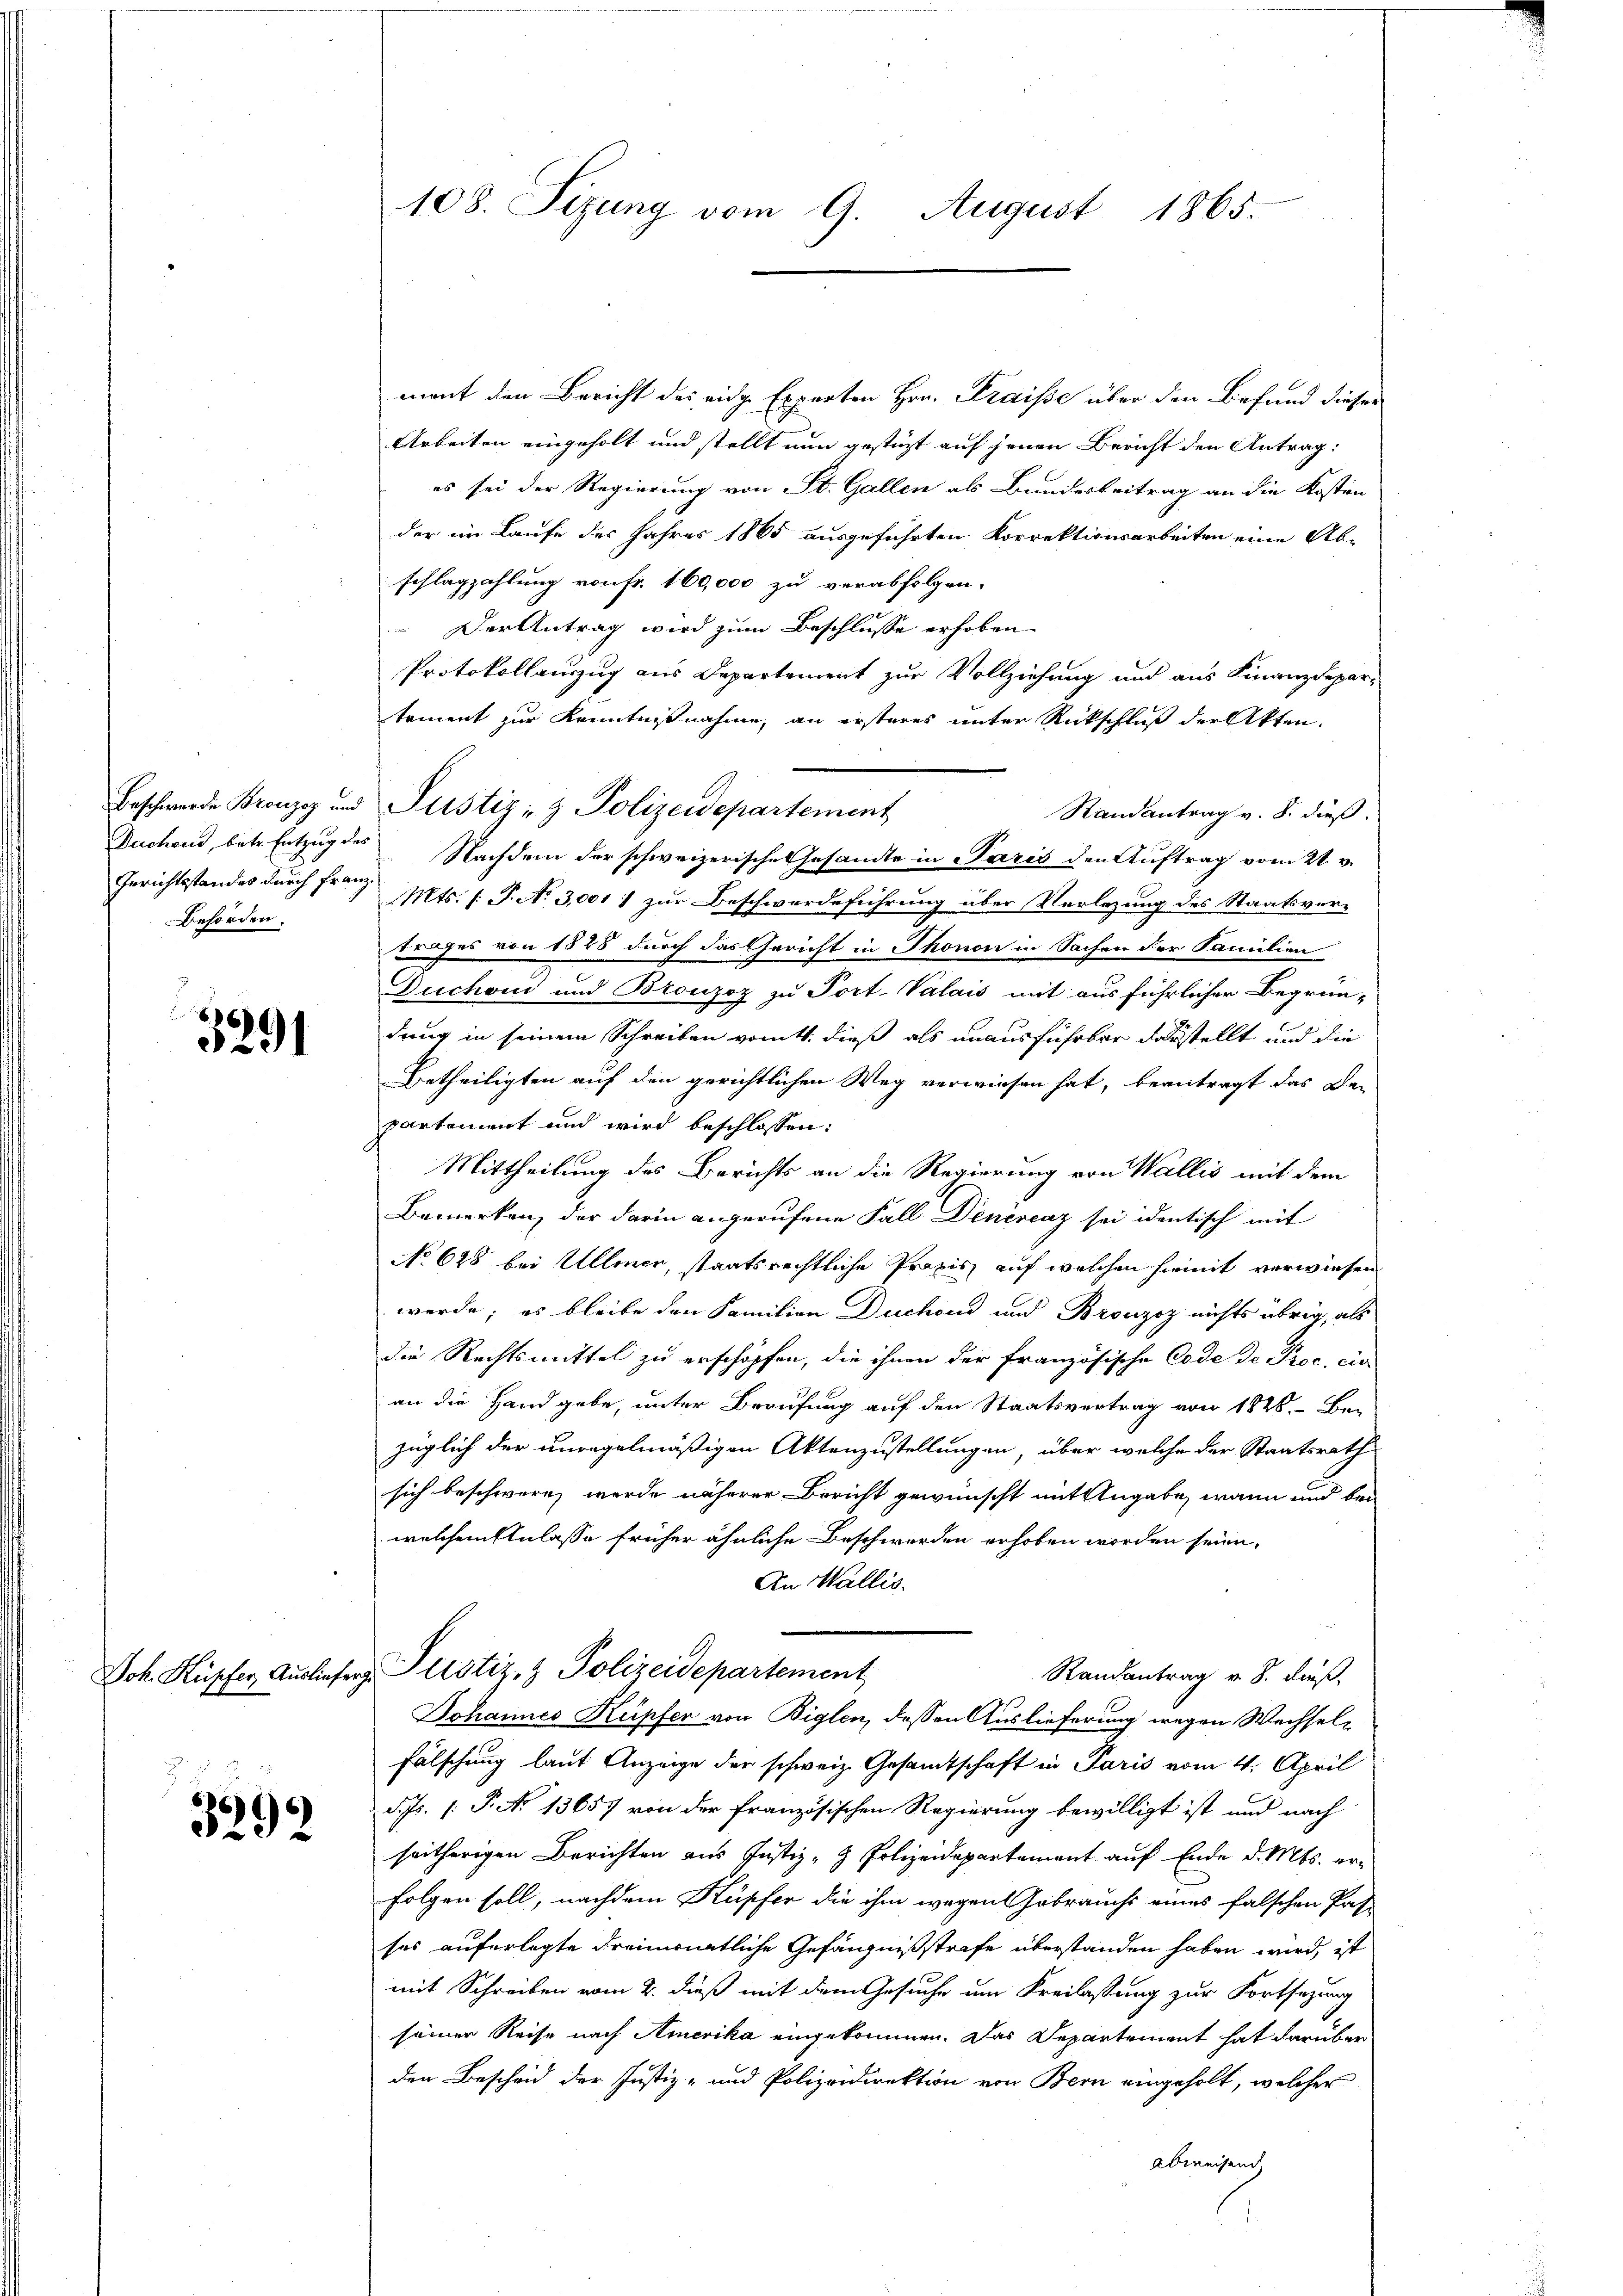
Gerichtsstandes durch Franz
Behörden.

3291

3292

ment den Bericht des eidge Experten Hrn. Fraisse über den Befund dieses
Arbeiten eingeholt und stellt nun gestüzt auf jenen Bericht den Antrag:
es sei der Regierung von St. Gallen als Bundesbeitrag an die Kosten
der im Laufe des Jahres 1865 ausgeführten Korrektionsarbeiten eine Ab-
schlagzahlung von Fr. 160,000 zu verabfolgen.
 Der Antrag wird zum Beschlusse erhoben
Protokollauszug aus Departement zur Vollziehung und aus Finanzdepar-
tement zur Kenntnißnahme, an ersteres unter Rückschluß der Akten.
Randantrag v. 8. dieß.
Duchoud, betr. Entzug des Nachdem der schweizerische Gesandte in Paris den Auftrag vom 21. v.
Mts. (T. No 3,001) zur Beschwerdeführung über Vorlegung des Staatsvertrages von 1828 durch das Gericht in Thonon in Sachen der Familien
Duchon und Bronzoz zu Port- Valais mit aus führlicher Begrün-
dung in seinem Schreiben vom 4. dieß als unausführbar darstellt und die
Betheiligten auf den gerichtlichen Weg verwiesen hat, beantragt das De-
partement und wird beschlossen:
Mittheilung des Berichts an die Regierung von Wallis mit dem
Bemerken, der darin angerufene Fall Dinércaz sei identisch mit
No 628 bei Ullmer, staatsrechtliche Praxis auf welchen hiemit verwiesen
werde; es bleibe den Familien Duchoud und Bronzoz nichts übrig, als
die Rechtsmittel zu erschöpfen, die ihnen der französische Code de Proc. cir
an die Handgebe, unter Berufung auf den Staatsvertrag von 1828. Be-
züglich der unregelmäßigen Aktenzustellungen, über welche der Staatsrath
sich beschwere, werde näherer Bericht gewünscht mit Angabe, wann und bei
welchem Einlasse früher ähnliche Beschwerden erhoben worden seien.
An Wallis.
Joh. Kupfer, Ausliefer Pustiz- & Polizeidepartement
Randantrag v. 8. dieß,
Johannes Kupfer von Biglen, dessen Auslieferung wegen Wechsel¬
Fälschung laut Anzeige der schweiz. Gesamtschaft in Paris vom 4. April
d. Js. (: P. No 13657 von der französischen Regierung bewilligt ist und nach
seitherigen Berichten aus Justiz- & Polizeidepartement auf Ende d. Mts. erfolgen soll, nachdem Kupfer die ihm wegen Gebrauchs eines falschen Pas-
ses auferlegte dreimonatliche Gefängnißstrafe überstanden haben wird, ist
mit Schreiben vom 2. dieß mit dem Gesuche um Kreilastung zur Fortsezung
seiner Reise nach Amerika eingekommen. Das Departement hat darüber
den Bescheid der Justiz- und Polizeidirektion von Bern eingeholt, welcher
abweisend

108. Sizung vom 9. August 1865.

Beschwerde Bronzes und Pustiz- & Polizeidepartement